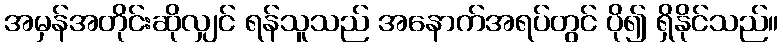
အမှန်အတိုင်းဆိုလျှင် ရန်သူသည် အနောက်အရပ်တွင် ပို၍ ရှိနိုင်သည်။